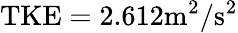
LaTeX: \mathrm{TKE}=2.612\mathrm{m^{2}/s^{2}}